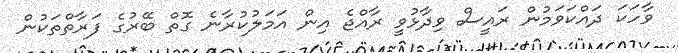
ވާހަކަ ދައްކަވަމުން ރައީސް ވިދާޅުވީ ރާއްޖެ އިން އަމަލުކުރާނެ ގޮތް ބޭރުގެ ފަރާތްތަކުން